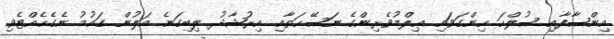
އިންޞާފާއި ޞުލްޙަ ހިންގަވައި ޢިލްމުވެރިންގެ ނަޞޭޙަތާއި އިރުޝާދު ލިބިގަނެ އަލުން ގައުމު ނެގެހެއްޓެވި